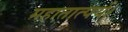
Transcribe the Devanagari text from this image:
महातात्पर्य।